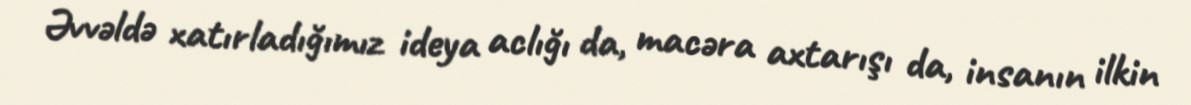
Əvvəldə xatırladığımız ideya aclığı da, macəra axtarışı da, insanın ilkin